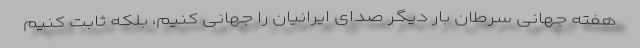
هفته جهانی سرطان بار دیگر صدای ایرانیان را جهانی کنیم، بلکه ثابت کنیم